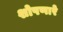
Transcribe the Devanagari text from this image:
शोषणारे